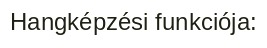
Hangképzési funkciója: